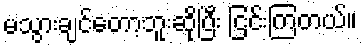
မသွားချင်တော့ဘူးဆိုပြီး ငြင်းကြတယ်။